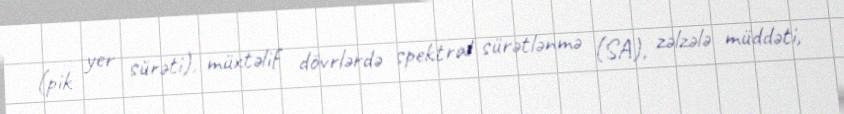
(pik yer sürəti), müxtəlif dövrlərdə spektral sürətlənmə (SA), zəlzələ müddəti,